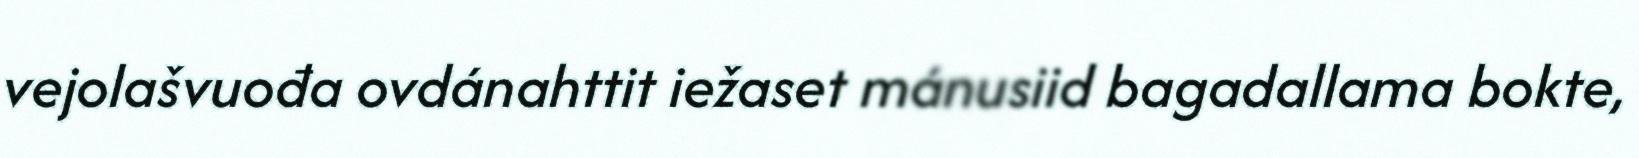
vejolašvuođa ovdánahttit iežaset mánusiid bagadallama bokte,